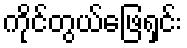
ကိုင်တွယ်ဖြေရှင်း